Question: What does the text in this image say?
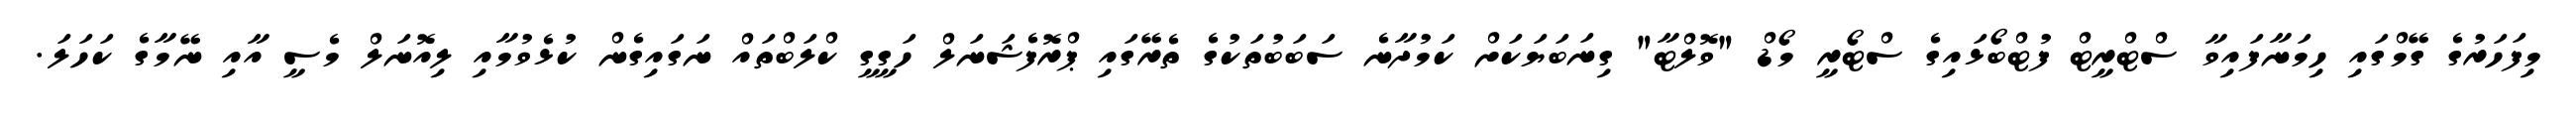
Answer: މިފަހަރުގެ ގޭމްގައި ހިމަނާފައިވާ ސްޓްރީޓް ފުޓްބޯޅައިގެ ސްޓޯރީ މޯޑް "ވޮލްޓާ" ގިނަބަޔަކަށް ކަމުދާނެ ސަބަބުތަކުގެ ތެރޭގައި ޕްރޮފެޝަނަލް ހަގީގީ ކްލަބްތައް ނަގައިގެން ކުޅެވުމާއި ލިއޮނަލް މެސީ އާއި ނޭމާގެ ކަހަލަ.